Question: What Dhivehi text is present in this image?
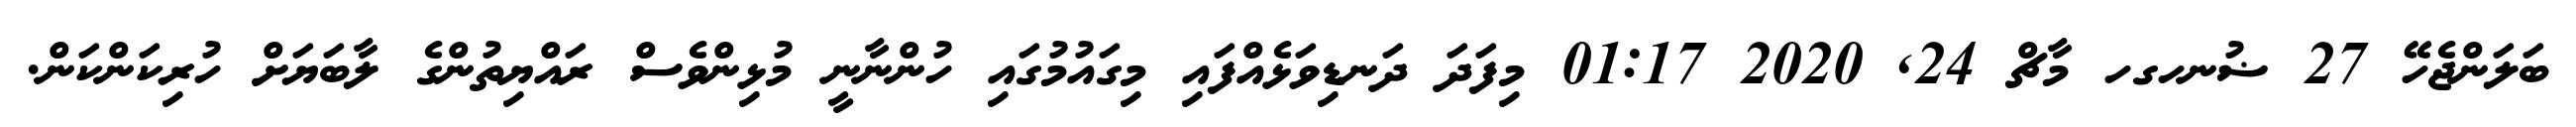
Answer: ބަލަންޖެހޭ 27 ޟުނހގހ މާޗް 24, 2020 01:17 މިފަދަ ދަނޑިވަޅެއްފައި މިގައުމުގައި ހުންނާނީ މުޅިންވެސް ރައްޔިތުންގެ ލާބަޔަށް ހުރިކަންކަން.